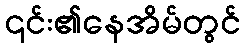
၎င်း၏နေအိမ်တွင်